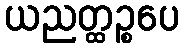
ယညတ္ထဉ္စပေ